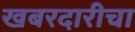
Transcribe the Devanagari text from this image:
खबरदारीचा